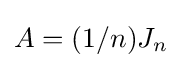
A=(1/n)J_{n}